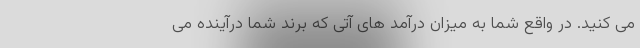
می کنید. در واقع شما به میزان درآمد های آتی که برند شما درآینده می